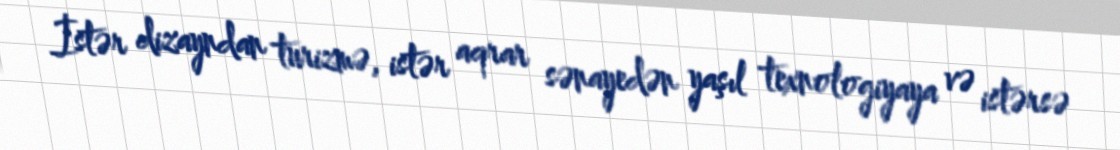
İstər dizayndan turizmə, istər aqrar sənayedən yaşıl texnologiyaya və istərsə